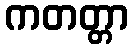
ကတတ္တာ